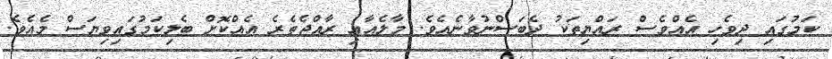
ކަމުގައި ދިވެހި އެއްވެސް ރައްޔިތަކު ދެބަސްނުވާނެއެވެ. މާލެއާއި ރާއްޖެތެރެ އެއްކޮށް ބެލިކަމުގައިވިޔަސް މެއެވެ.